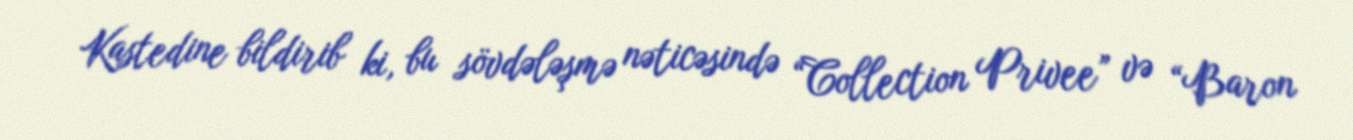
Kastedine bildirib ki, bu sövdələşmə nəticəsində “Collection Privee” və “Baron